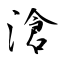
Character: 滄